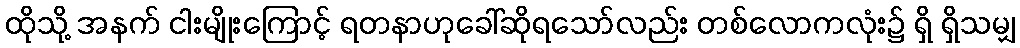
ထိုသို့ အနက် ငါးမျိုးကြောင့် ရတနာဟုခေါ်ဆိုရသော်လည်း တစ်လောကလုံး၌ ရှိ ရှိသမျှ